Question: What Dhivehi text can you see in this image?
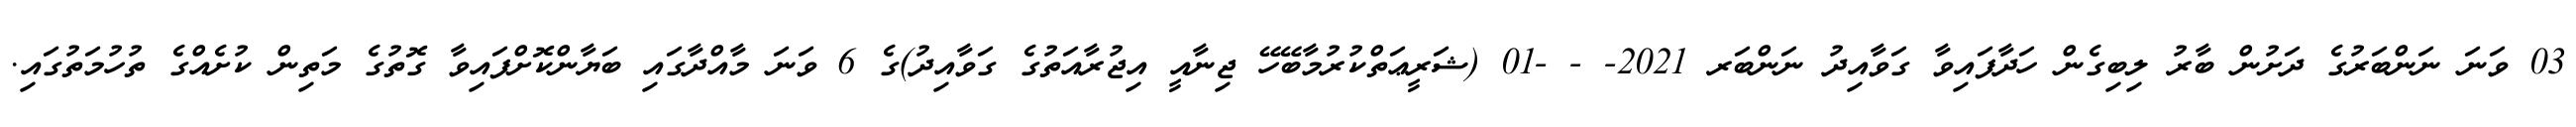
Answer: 03 ވަނަ ނަންބަރުގެ ދަށުން ބާރު ލިބިގެން ހަދާފައިވާ ގަވާއިދު ނަންބަރ 2021- - -01 (ޝަރީޢަތްކުރުމާބޭހޭ ޖިނާއީ އިޖުރާއަތުގެ ގަވާއިދު)ގެ 6 ވަނަ މާއްދާގައި ބަޔާންކޮށްފައިވާ ގޮތުގެ މަތިން ކުށެއްގެ ތުހުމަތުގައި.